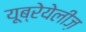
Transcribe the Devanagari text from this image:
यूब्रेयेलीज़